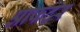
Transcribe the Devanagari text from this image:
आफटर